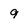
Character: 9